Indian Civil Veterinary Department memoirs
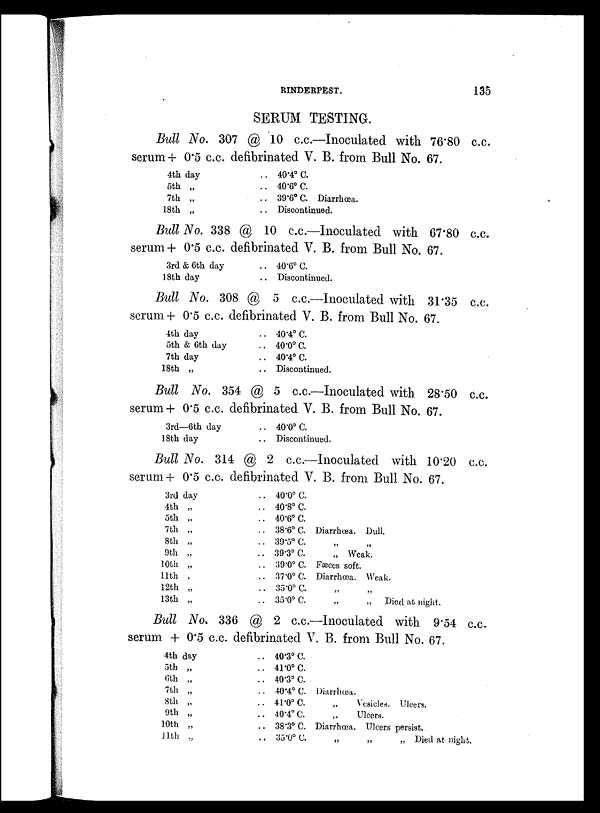
RINDERPEST.
135
SERUM TESTING.
Bull No. 307 @ 10 c.c.—Inoculated with 76.80 c.c.
serum + 0.5 c.c. defibrinated V. B. from Bull No. 67.
4th day
5th „
7th „
18th „
.. 40.4º C.
.. 40.6º C.
.. 39.6º C. Diarrhœa.
.. Discontinued.
Bull No. 338 @ 10 c.c.—Inoculated with 67.80 c.c.
serum + 0.5 c.c. defibrinated V. B. from Bull No. 67.
3rd & 6th day
18th day
.. 40.6º C.
.. Discontinued.
Bull No. 308 @ 5 c.c.—Inoculated with 31.35 c.c.
serum + 0.5 c.c. defibrinated V. B. from Bull No. 67.
4th day
5th & 6th day
7th day
18th „
.. 40.4º C.
.. 40.0º C.
.. 40.4º C.
.. Discontinued.
Bull No. 354 @ 5 c.c.—Inoculated with 28.50 c.c.
serum + 0.5 c.c. defibrinated V. B. from Bull No. 67.
3rd—6th day
18th day
.. 40.0º C.
.. Discontinued.
Bull No. 314 @ 2 c.c.—Inoculated with 10.20 c.c.
serum + 0.5 c.c. defibrinated V. B. from Bull No. 67.
3rd day
4th „
5th „
7th „
8th „
9th „
10th „
11th ,
12th „
13th „
.. 40.0º C.
.. 40.8º C.
.. 40.6º C.
.. 38.6º C. Diarrhœa. Dull.
.. 39.5º C. „ „
.. 39.3º C.
„ Weak.
.. 39.0º C. Fæces soft.
.. 37.0º C. Diarrhœa. Weak.
.. 35.0º C. „ „
.. 35.0º C.
„
„ Died at night.
Bull No. 336 @ 2 c.c.—Inoculated with 9.54 c.c.
serum + 0.5 c.c. defibrinated V. B. from Bull No. 67.
4th day
5th „
6th „
7th „
8th „
9th „
10th „
11th „
.. 40.3º C.
.. 41.0º C.
.. 40.3º C.
.. 40.4º C. Diarrlœa.
.. 41.0º C.
„
Vesicles. Ulcers.
.. 40.4º C.
„
Ulcera.
.. 38.3º C. Diarrhœa. Ulcers persist.
.. 35.0º C. „
„
„ Died at night.